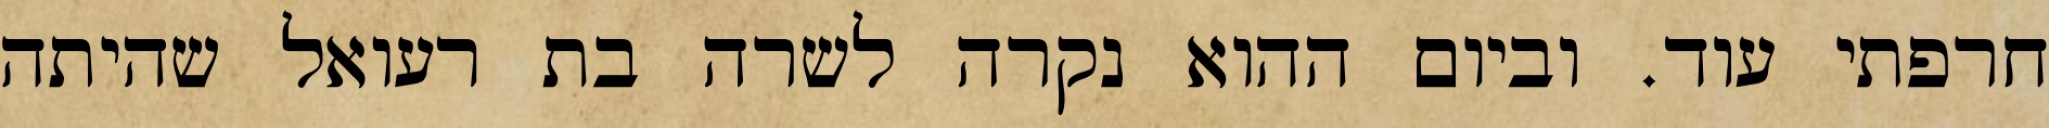
חרפתי עוד. וביום ההוא נקרה לשרה בת רעואל שהיתה